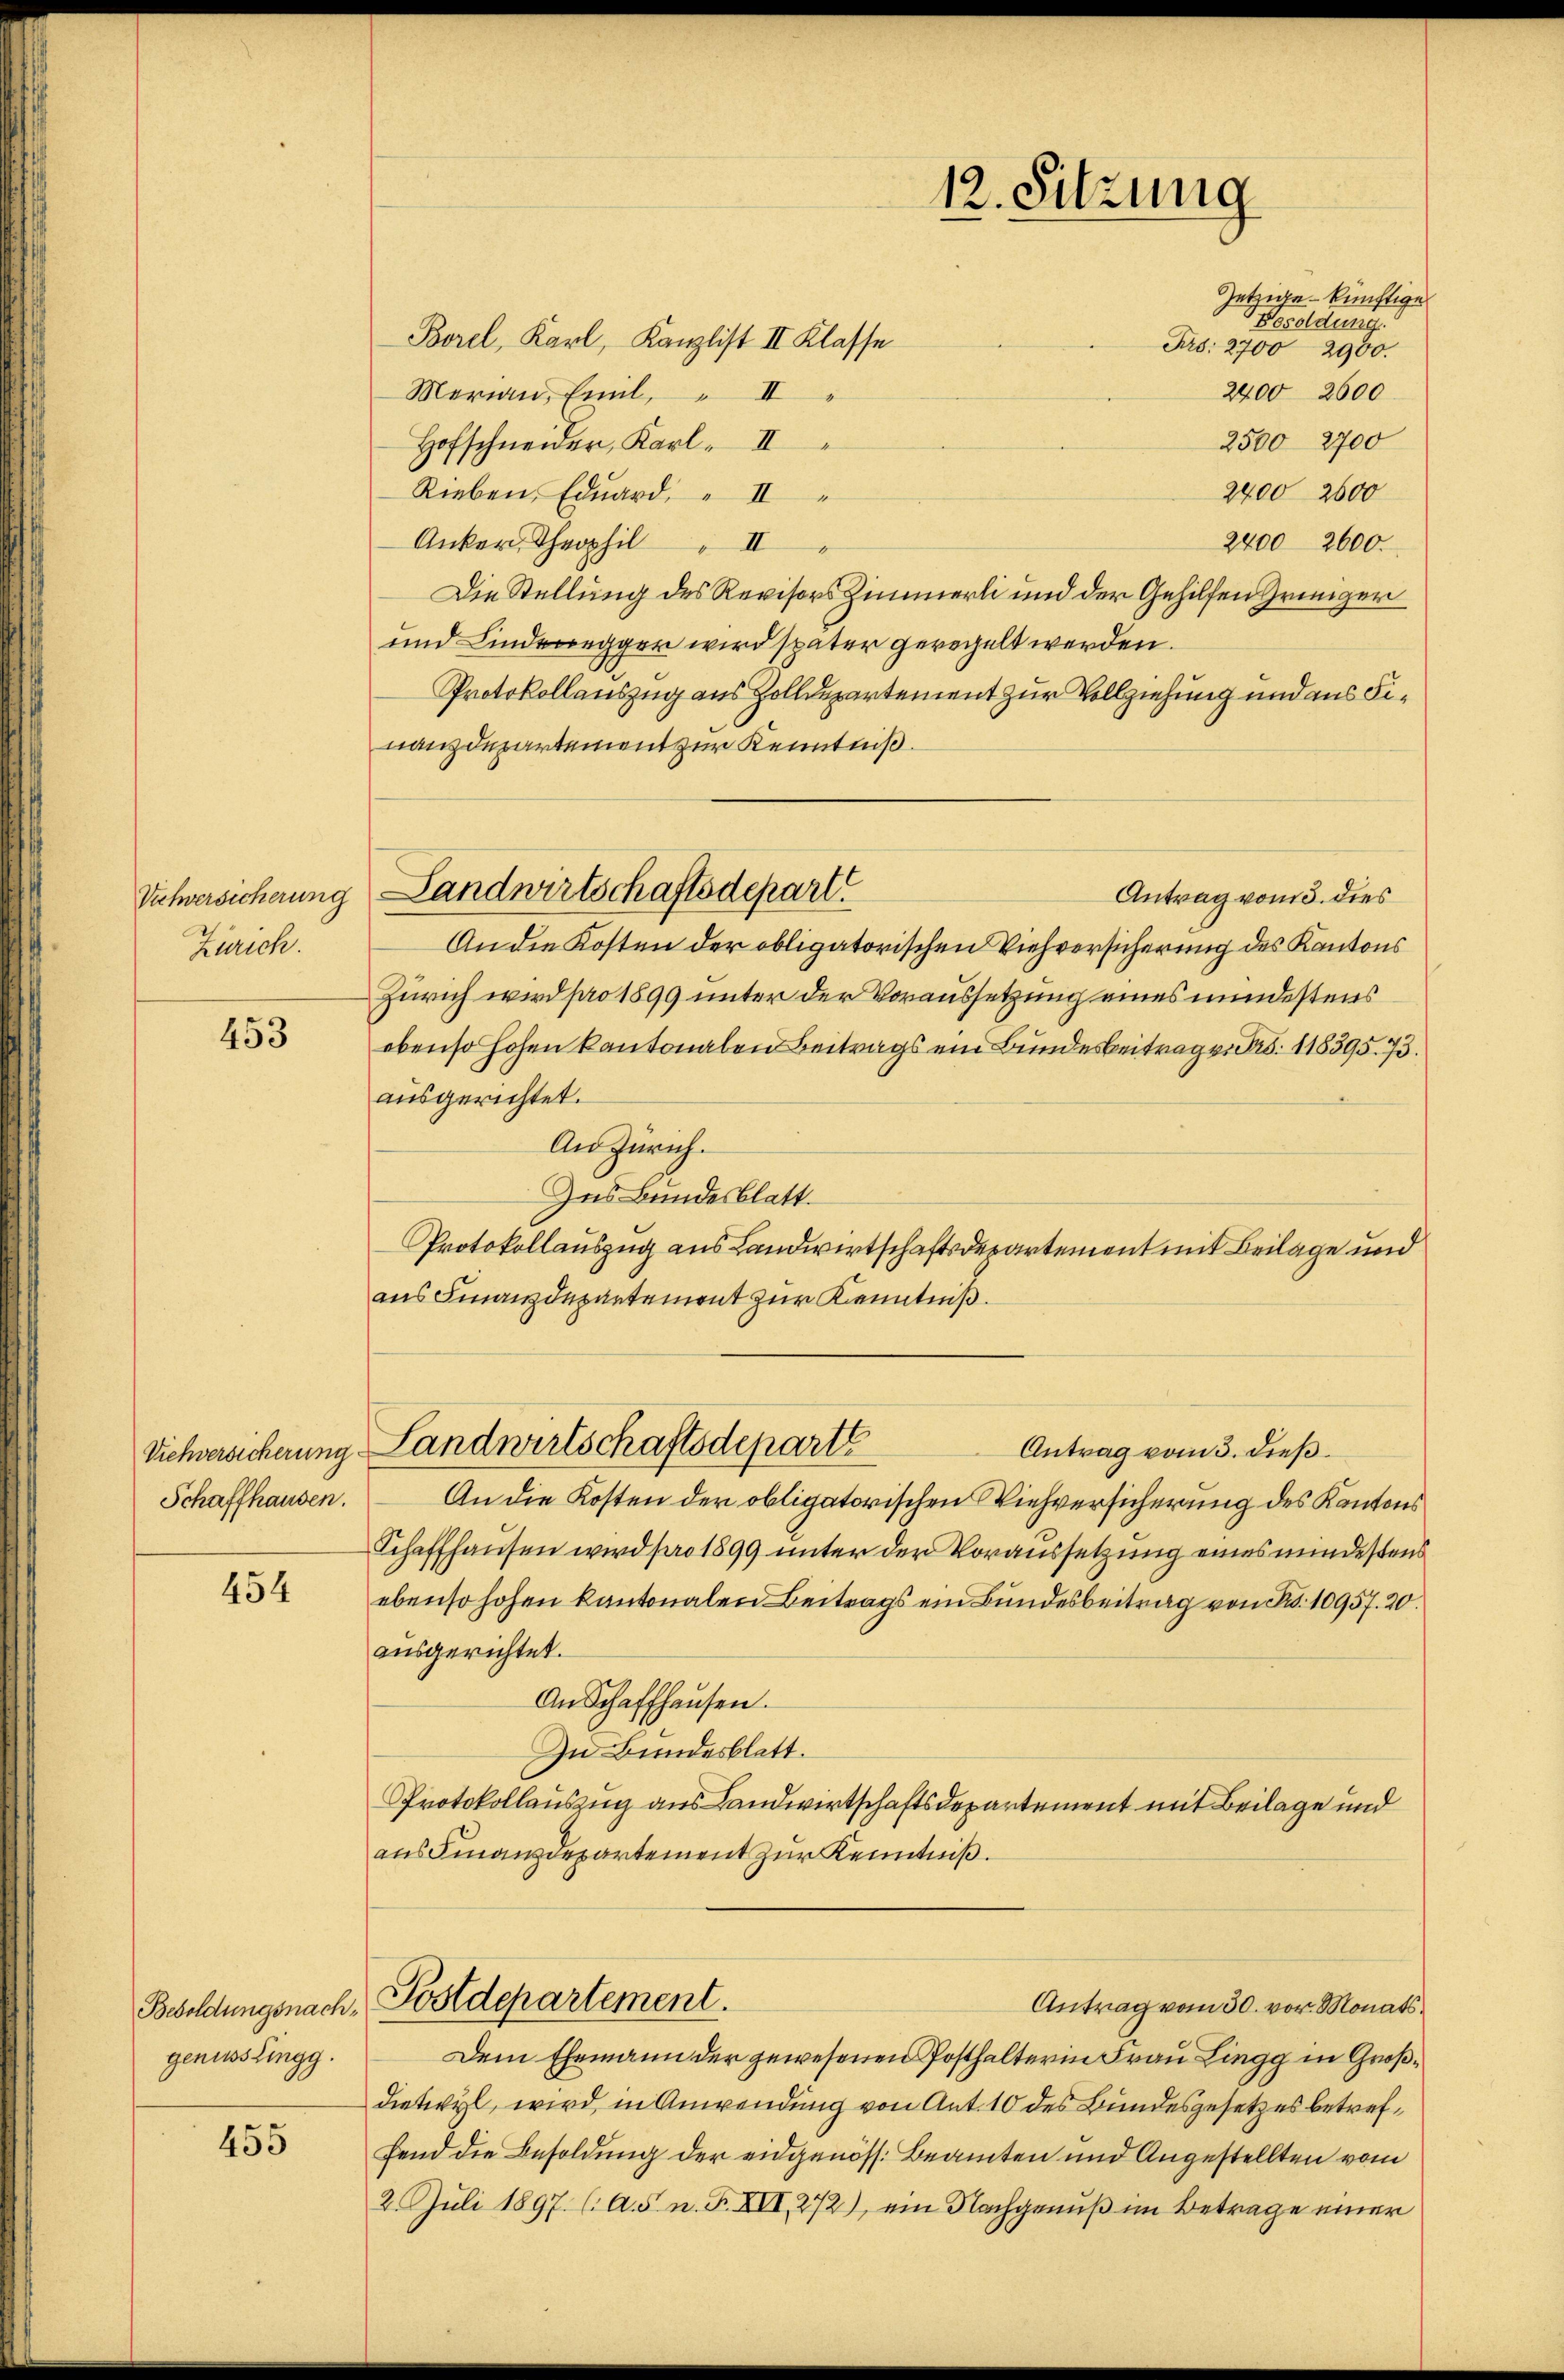
Vuchversicherung
Zürich.

453

Schaffhausen.

454

genusslingg.

455

jetzige künftige
Besoldung.
Borel, Karl, Kanzlist II Klasse
Frs: 2700 2900.
Merian, Emil II
2400 2600
2500 2700
Hofschneider, Karl II
2400 2600
Rieben. Eduard " II
Anker, Theophil II
2400 2600.
Die Stellung des Revisors Zimmerli und der Gehilfen Griniger
und Kinderegger wird später geregelt werden.
Protokollauszug aus Zolldepartement zur Vollziehung und aus Finanzdepartement zur Kenntniß.
Landwirtschaftsdepart.
Antrag vom 3. dies
An die Kosten der obligatorischen Viehversicherung des Kantons
Zürich wird pro 1899 unter der Voraussetzung eines mindestens
ebenso hohen kantonalen Beitrags ein Bundesbeitrag v. 5. 118395. 73.
ausgerichtet.
An Zürich.
Ins Bundesblatt.
Protokollauszug aus Landwirtschaftsdepartement mit Beilage und
aus Finanzdepartement zur Kenntniß.

Vichversicherung Landwirtschaftsdeparte

Besoldungsnach, Postdepartement.

12. Sitzung

Antrag vom 30. vor. Monats¬

Antrag vom 3. dieß.
An die Kosten der obligatorischen Viehversicherung des Kantons
Schaffhausen wird pro 1899 unter der Voraussetzung eines mindestens
ebenso hohen kantonalen Beitrags ein Bundesbeitrag von Bd. 10957. 20.
ausgerichtet.
An Schaffhausen.
Zn Bundesblatt.
Protokollauszug aus Landwirtschaftsdepartement mit Beilage und
aus Finanzdepartement zur Kenntniß.

Dem Ehemann der gewesenen Posthalterin Frau Lingg in Großdietwyl, wird in Anwendung von Ant. 10 des Bundesgesetzes betreffend die Besoldung der eidgenöss. Beamten und Angestellten vom
2. Juli 1897 (A.S. n. F. XVI, 272), ein Nachgenuß im Betrage einer